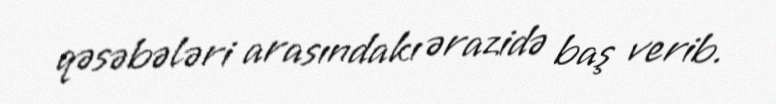
qəsəbələri arasındakı ərazidə baş verib.